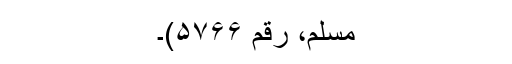
مسلم، رقم ۵۷۶۶)۔